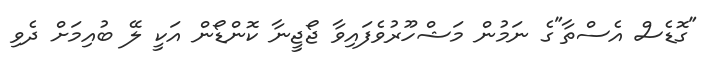
"ގޮޑެސް އެސްތާ"ގެ ނަމުން މަޝްހޫރުވެފައިވާ ޖޯޖީނާ ކޮންޑޯން އަކީ ލޭ ބުއިމަށް ދެވި